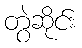
တွဲဆိုင်း